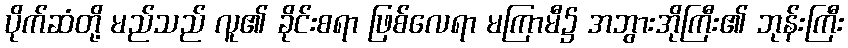
ပိုက်ဆံတို့ မည်သည် လူ၏ ခိုင်းစရာ ဖြစ်လေရာ မကြာမီ၌ အဘွားအိုကြီး၏ ဘုန်းကြီး